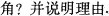
角?并说明理由.